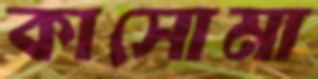
কাসোমা